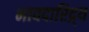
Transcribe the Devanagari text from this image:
भावदारिद्र्य